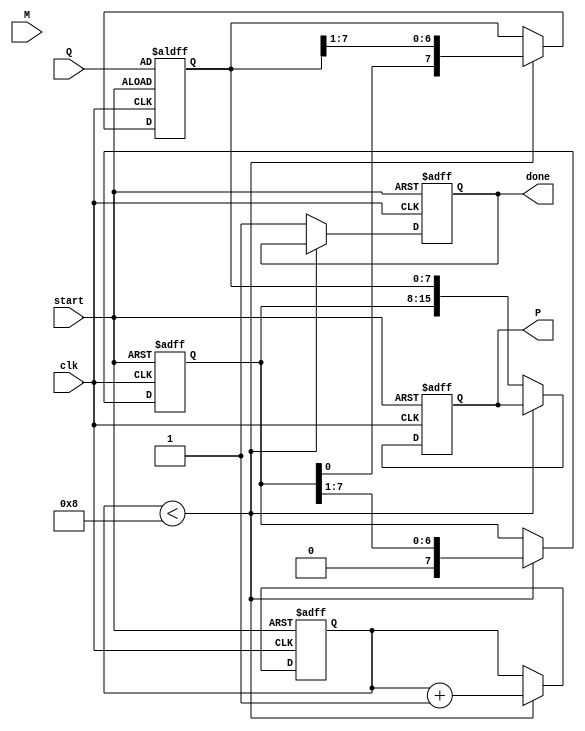
module modified_booth_multiplier #(parameter WIDTH = 8) (
    input signed [WIDTH-1:0] M,      // Multiplicand
    input signed [WIDTH-1:0] Q,      // Multiplier
    input clk,                        // Clock signal
    input start,                      // Start signal for multiplication
    output reg signed [2*WIDTH-1:0] P, // Product
    output reg done                   // Done signal
);

    reg signed [WIDTH-1:0] A;        // Accumulator
    reg [WIDTH-1:0] Q_reg;            // Multiplier register
    reg Q_1;                          // Previous Q bit
    reg [3:0] count;                 // Counter for iterations

    // State machine for the multiplication process
    always @(posedge clk or negedge start) begin
        if (!start) begin
            P <= 0;
            A <= 0;
            Q_reg <= Q;
            Q_1 <= 0;
            count <= 0;
            done <= 0;
        end else begin
            if (count < WIDTH) begin
                case ({Q_reg[0], Q_1})
                    2'b00: begin
                        // No operation
                    end
                    2'b01: begin
                        // Add M to A
                        A <= A + M;
                    end
                    2'b10: begin
                        // Subtract M from A
                        A <= A - M;
                    end
                    2'b11: begin
                        // No operation
                    end
                endcase

                // Shift right operation
                {A, Q_reg} <= {A, Q_reg} >> 1; // Shift A and Q together
                Q_1 <= Q_reg[0];               // Update Q_1
                count <= count + 1;            // Increment count
            end else begin
                // Final product
                P <= {A, Q_reg};                // Combine A and Q for final product
                done <= 1;                     // Set done signal
            end
        end
    end
endmodule